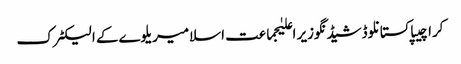
کراچیپاکستانلوڈشیڈنگوزیر اعلیٰجماعت اسلامیریلوےکے الیکٹرک